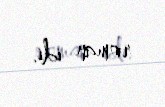
roman idi.